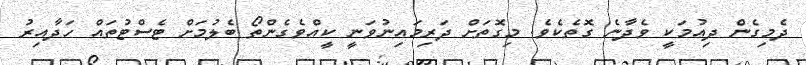
ދެމިގެން ދިއުމަކީ ވެދާނެ ގޮތެކެވެ. މިގޮތަށް ދަރިމައިނުވަނީ ކީއްވެގެންތޯ ބެލުމަށް ޓެސްޓުތައް ހަދާއިރު